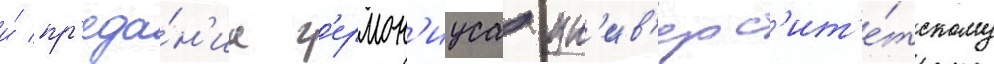
и́ пр'еда́н'иа г'ермон'иуса ун'ив'ерс'ит'е́тскому